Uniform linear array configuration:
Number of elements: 48
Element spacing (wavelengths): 0.25
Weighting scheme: uniform
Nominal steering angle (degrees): -30
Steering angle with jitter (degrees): -28.664
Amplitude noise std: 0.05
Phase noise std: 0.05

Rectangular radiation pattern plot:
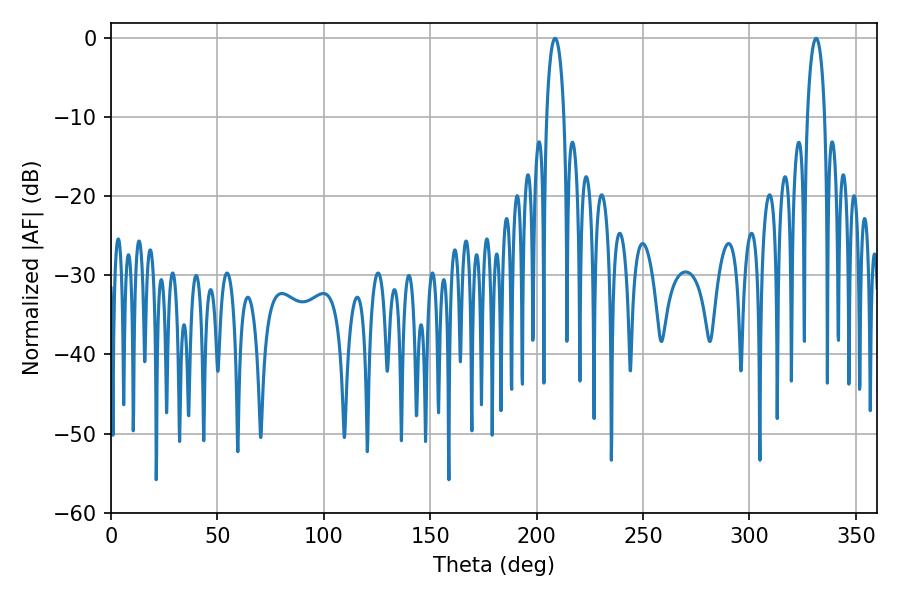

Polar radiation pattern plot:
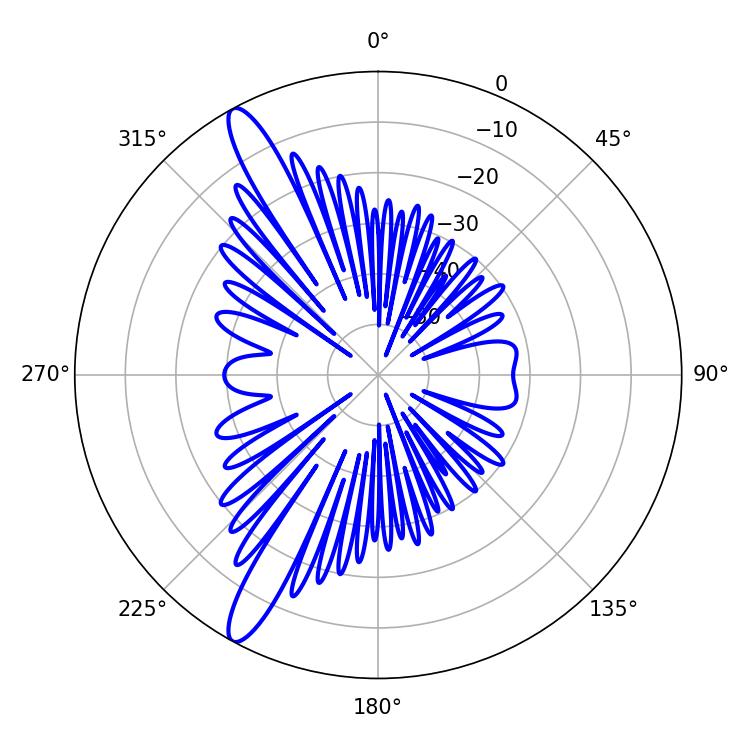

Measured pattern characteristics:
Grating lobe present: FALSE
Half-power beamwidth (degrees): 4.5
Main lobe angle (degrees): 331.38